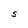
Character: S